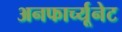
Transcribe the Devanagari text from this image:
अनफार्च्यूनेट